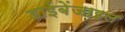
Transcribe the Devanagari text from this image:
डाईबेंजाइल